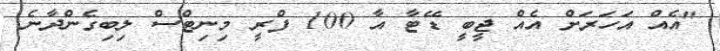
"އެއް އަހަރަށް އެއް ޖީބީ ޑޭޓާ އާ 100 ފްރީ މިނިޓްސް ލިބިގެންދާނެ